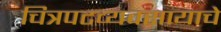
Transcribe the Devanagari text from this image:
चित्रपटव्यवसायाचे